画像に写った文字を読んでください
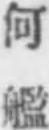
「何艦」と書いてあります